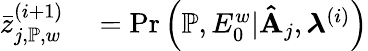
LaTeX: \begin{array}{rl}{\bar{z}_{j,\mathbb{P},w}^{(i+1)}}&{{}=\mathrm{Pr}\left(\mathbb{P},E_{0}^{w}|\mathbf{\hat{A}}_{j},\boldsymbol{\lambda}^{(i)}\right)}\end{array}